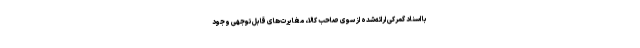
با اسناد گمرکی ارائه‌شده از سوی صاحب کالا، مغایرت‌های قابل‌توجهی وجود